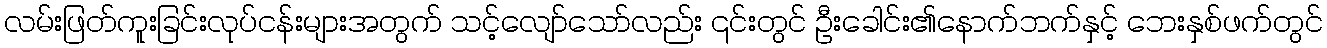
လမ်းဖြတ်ကူးခြင်းလုပ်ငန်းများအတွက် သင့်လျော်သော်လည်း ၎င်းတွင် ဦးခေါင်း၏နောက်ဘက်နှင့် ဘေးနှစ်ဖက်တွင်